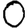
Digit: 0